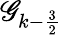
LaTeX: \mathscr{G}_{k-\frac{3}{2}}